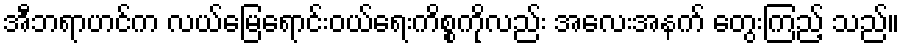
အီဘရာဟင်က လယ်မြေရောင်းဝယ်ရေးကိစ္စကိုလည်း အလေးအနက် တွေးကြည့် သည်။